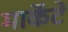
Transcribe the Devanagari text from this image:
मार्केटे